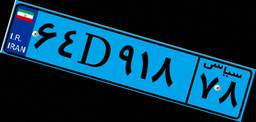
۰۵D۶۹۶۷۸